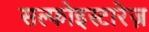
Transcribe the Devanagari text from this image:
सल्फोइस्टारेज़